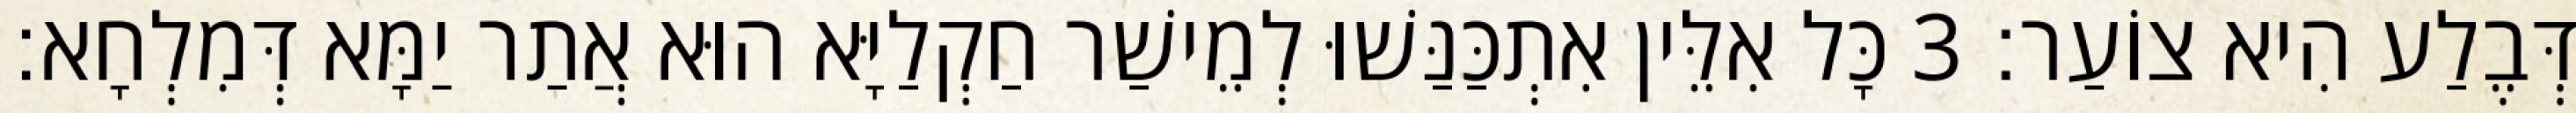
דְּבֶלַע הִיא צוֹעַר׃ 3 כָּל אִלֵּין אִתְכַּנַּשׁוּ לְמֵישַׁר חַקְלַיָּא הוּא אֲתַר יַמָּא דְּמִלְחָא׃